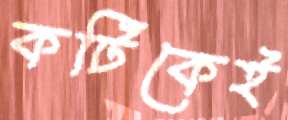
কটিকেই